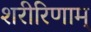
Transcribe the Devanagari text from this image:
शरीरिणाम्